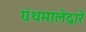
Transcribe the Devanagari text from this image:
ग्रंथमालेद्वारे